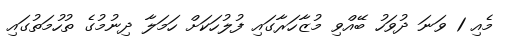
މެއި 1 ވަަނަ ދުވަހު ބޭއްވި މުޒާހަރާގައި ފުލުހަކަށް ހަމަލާ ދިނުމުގެ ތުހުމަތުގައި